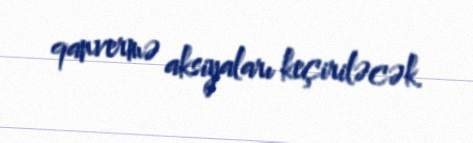
qanvermə aksiyaları keçiriləcək.